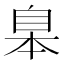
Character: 𦤎